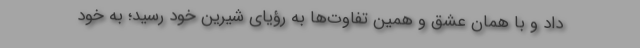
داد و با همان عشق و همین تفاوت‌ها به رؤیای شیرین خود رسید؛ به خودِ